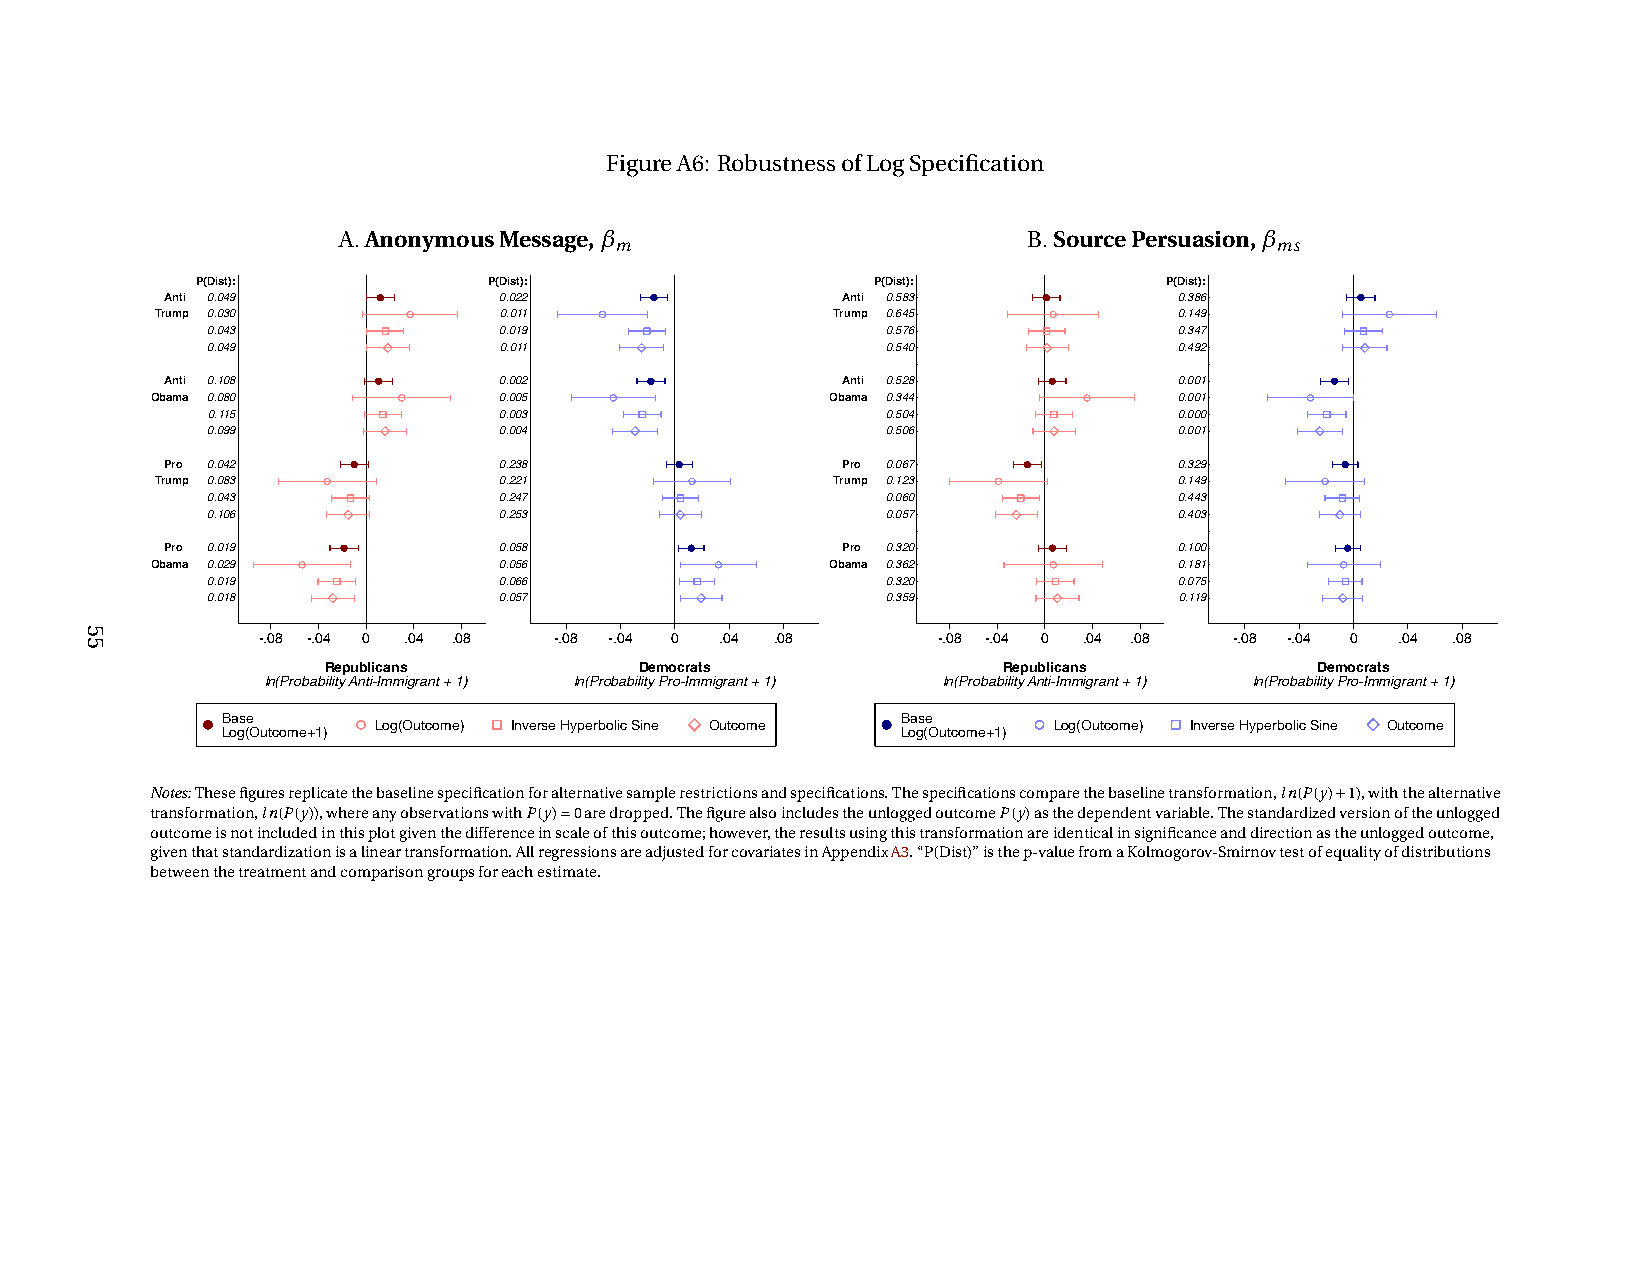
FigureA6: RobustnessofLogSpecification
 A.AnonymousMessage,β                          B.SourcePersuasion,β
 m                                          ms
 P(Dist):           P(Dist):                  P(Dist):           P(Dist):
 Anti 0.049            0.022                  Anti 0.583            0.386
 Trump 0.030            0.011                 Trump 0.645            0.149
 0.043              0.019                     0.576              0.347
 0.049              0.011                     0.540              0.492
 Anti 0.108            0.002                  Anti 0.528            0.001
 Obama 0.080            0.005                 Obama 0.344            0.001
 0.115              0.003                     0.504              0.000
 0.099              0.004                     0.506              0.001
 Pro 0.042             0.238                  Pro 0.067             0.329
 Trump 0.083            0.221                 Trump 0.123            0.149
 0.043              0.247                     0.060              0.443
 0.106              0.253                     0.057              0.403
 Pro 0.019             0.058                  Pro 0.320             0.100
 Obama 0.029            0.056                 Obama 0.362            0.181
 0.019              0.066                     0.320              0.075
 0.018              0.057                     0.359              0.119
 -.08 -.04 0 .04 .08 -.08 -.04 0 .04 .08      -.08 -.04 0 .04 .08 -.08 -.04 0 .04 .08
 Republicans          Democrats               Republicans          Democrats
 ln(Probability Anti-Immigrant + 1) ln(Probability Pro-Immigrant + 1) ln(Probability Anti-Immigrant + 1) ln(Probability Pro-Immigrant + 1)
 Base                                         Base
 Log(Outcome) Inverse Hyperbolic Sine Outcome Log(Outcome) Inverse Hyperbolic Sine Outcome
 Log(Outcome+1)                               Log(Outcome+1)
 Notes:Thesefiguresreplicatethebaselinespecificationforalternativesamplerestrictionsandspecifications.Thespecificationscomparethebaselinetransformation,ln(P(y)+1),withthealternative
 transformation,ln(P(y)),whereanyobservationswithP(y)=0aredropped.ThefigurealsoincludestheunloggedoutcomeP(y)asthedependentvariable.Thestandardizedversionoftheunlogged
 outcomeisnotincludedinthisplotgiventhedifferenceinscaleofthisoutcome;however,theresultsusingthistransformationareidenticalinsignificanceanddirectionastheunloggedoutcome,
 giventhatstandardizationisalineartransformation.AllregressionsareadjustedforcovariatesinAppendixA3.“P(Dist)”isthep-valuefromaKolmogorov-Smirnovtestofequalityofdistributions
 betweenthetreatmentandcomparisongroupsforeachestimate.
 55